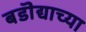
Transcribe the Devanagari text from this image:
बडॊद्याच्या